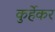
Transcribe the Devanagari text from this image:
कुर्हेकर